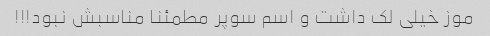
موز خیلی لک داشت و اسم سوپر مطمئنا مناسبش نبود!!!